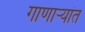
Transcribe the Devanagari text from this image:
गाणार्‍यांत